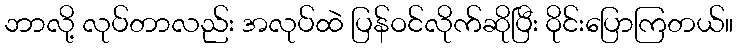
ဘာလို့ လုပ်တာလည်း အလုပ်ထဲ ပြန်ဝင်လိုက်ဆိုပြီး ဝိုင်းပြောကြတယ်။